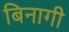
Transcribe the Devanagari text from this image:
बिनागी